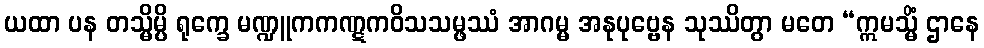
ယထာ ပန တသ္မိမ္ပိ ရုက္ခေ မဏ္ဍူကကဏ္ဋကဝိသသမ္ဖဿံ အာဂမ္မ အနုပုဗ္ဗေန သုဿိတွာ မတေ “ဣမသ္မိံ ဌာနေ